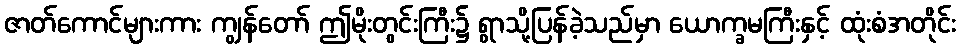
ဇာတ်ကောင်များကား ကျွန်တော် ဤမိုးတွင်းကြီး၌ ရွာသို့ပြန်ခဲ့သည်မှာ ယောက္ခမကြီးနှင့် ထုံးစံအတိုင်း